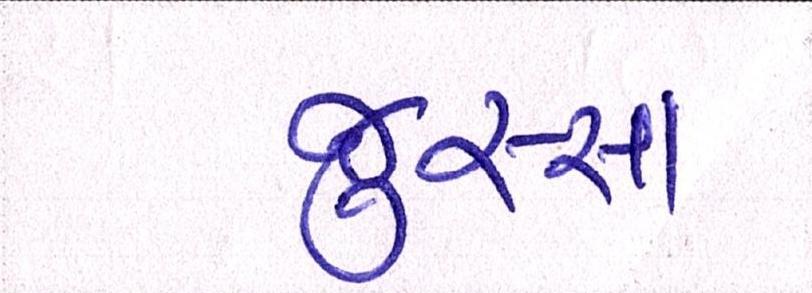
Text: જુસ્સા